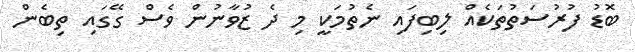
ބޮޑު ފުރުސަތުތަކެއް ލިބިފައި ނެތުމަކީ މި ދެ ޒުވާނުން ވެސް ގޭގަައި ތިބެން